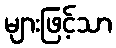
များဖြင့်သာ